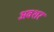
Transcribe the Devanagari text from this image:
अवशर